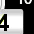
Digit: 4